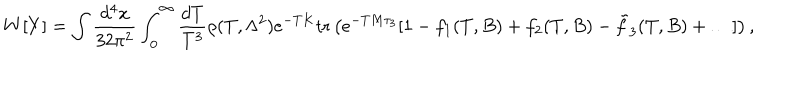
W [ Y ] = \int \frac { d ^ { 4 } x } { 3 2 \pi ^ { 2 } } \int _ { 0 } ^ { \infty } \frac { d T } { T ^ { 3 } } \rho ( T , \Lambda ^ { 2 } ) e ^ { - T K } \mathrm { t r } \left( e ^ { - T M \tau _ { 3 } } [ 1 - f _ { 1 } ( T , B ) + f _ { 2 } ( T , B ) - \tilde { f } _ { 3 } ( T , B ) + \ldots ] \right) ,